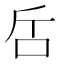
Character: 𠯓